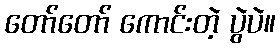
တော်တော် ကောင်းတဲ့ ပွဲပဲ။